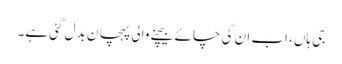
جی ہاں، اب ان کی چائے بیچنے والی پہچا ن بدل گئی ہے۔